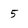
Character: 5